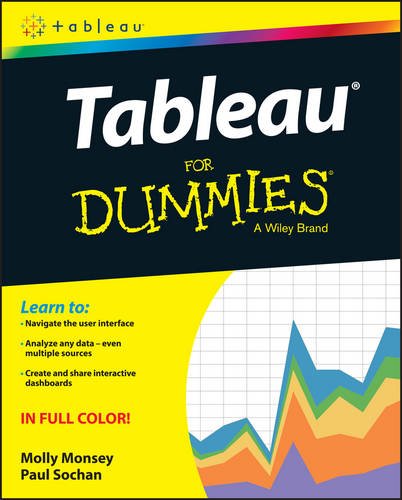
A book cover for Tableau For Dummies (For Dummies (Computer/Tech)); Molly Monsey; Business & Money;